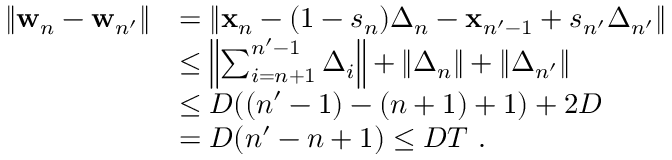
\begin{array} { r l } { \| { \mathbf w } _ { n } - { \mathbf w } _ { n ^ { \prime } } \| } & { = \| { \mathbf x } _ { n } - ( 1 - s _ { n } ) { \boldsymbol \Delta } _ { n } - { \mathbf x } _ { n ^ { \prime } - 1 } + s _ { n ^ { \prime } } { \boldsymbol \Delta } _ { n ^ { \prime } } \| } \\ & { \le \left\| \sum _ { i = n + 1 } ^ { n ^ { \prime } - 1 } { \boldsymbol \Delta } _ { i } \right\| + \| { \boldsymbol \Delta } _ { n } \| + \| { \boldsymbol \Delta } _ { n ^ { \prime } } \| } \\ & { \le D ( ( n ^ { \prime } - 1 ) - ( n + 1 ) + 1 ) + 2 D } \\ & { = D ( n ^ { \prime } - n + 1 ) \le D T ~ . } \end{array}